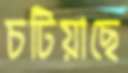
চটিয়াছে